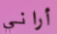
أراني